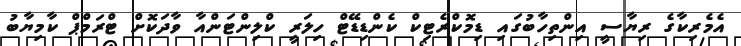
އެމެރިކާގެ ރިޔާސީ އިންތިހާބުގައި ޑިމޮކްރެޓިކް ކެންޑިޑޭޓް ހިލަރީ ކްލިންޓަންއާ ވާދަކޮށް ޓްރަމްޕް ކާމިޔާބު